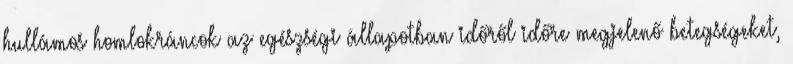
hullámos homlokráncok az egészségi állapotban időről időre megjelenő betegségeket,